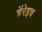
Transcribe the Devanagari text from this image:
वेंरेइच